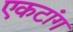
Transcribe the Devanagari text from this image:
एकटांग